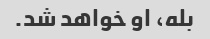
بله، او خواهد شد.